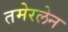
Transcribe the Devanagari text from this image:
तमेरलेन